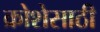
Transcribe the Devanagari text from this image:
क्रोशेसाठी